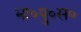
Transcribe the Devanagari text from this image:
भा॰पु॰स॰